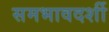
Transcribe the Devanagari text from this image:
समभावदर्शी